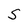
Character: S